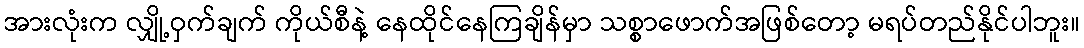
အားလုံးက လျှို့ဝှက်ချက် ကိုယ်စီနဲ့ နေထိုင်နေကြချိန်မှာ သစ္စာဖောက်အဖြစ်တော့ မရပ်တည်နိုင်ပါဘူး။